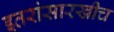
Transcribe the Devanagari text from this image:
इतरांसारखीच